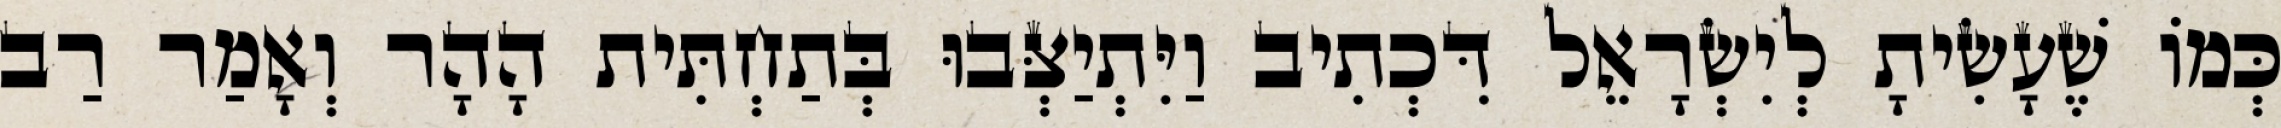
כְּמוֹ שֶׁעָשִׂיתָ לְיִשְׂרָאֵל דִּכְתִיב וַיִּתְיַצְּבוּ בְּתַחְתִּית הָהָר וְאָמַר רַב